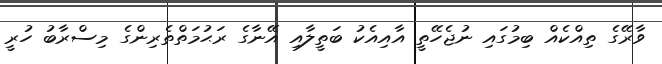
ވާރޭގެ ތިއްކެއް ބިމުގައި ނުޖެހޭތީ އާއިއެކު ބަތީލާއި އޭނާގެ ރަޙުމަތްތެރިންގެ މިސްރާބު ހުރީ